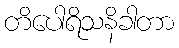
တိပေါရိသနိခါတာ